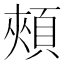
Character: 頰